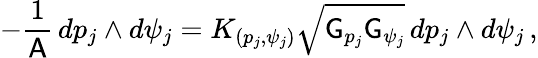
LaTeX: -\frac{1}{\mathsf{A}}\, dp_{j}\wedge d\psi_{j}=K_{(p_{j},\psi_{j})}\sqrt{\mathsf{G}_{p_{j}}\mathsf{G}_{\psi_{j}}}\, dp_{j}\wedge d\psi_{j}\, ,